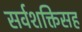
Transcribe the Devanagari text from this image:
सर्वशक्तिसह